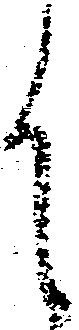
御